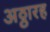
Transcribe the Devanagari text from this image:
अठ्ठारह